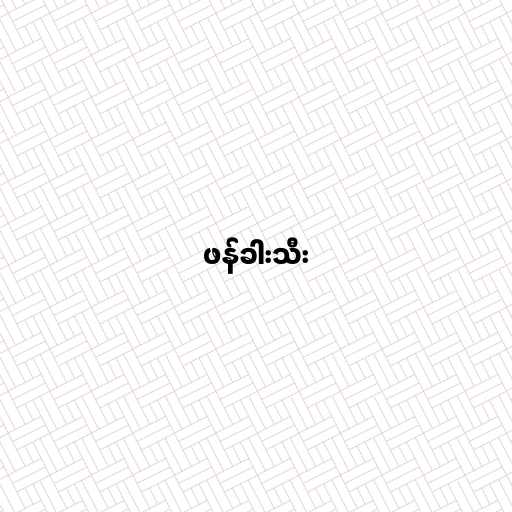
ဖန်ခါးသီး